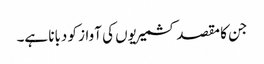
جن کا مقصد کشمیریوں کی آواز کو دبانا ہے۔